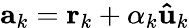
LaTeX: \mathbf{a}_{k}=\mathbf{r}_{k}+\alpha_{k}\mathbf{\hat{u}}_{k}